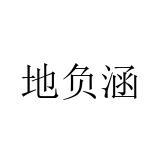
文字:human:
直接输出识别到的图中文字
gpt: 地负涵